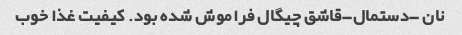
نان -دستمال-قاشق چیگال فراموش شده بود. کیفیت غذا خوب